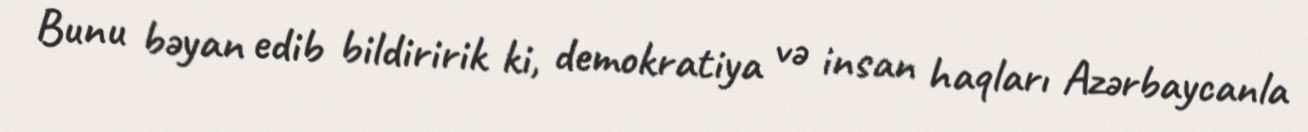
Bunu bəyan edib bildiririk ki, demokratiya və insan haqları Azərbaycanla